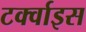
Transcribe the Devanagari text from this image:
टर्क्वाइस